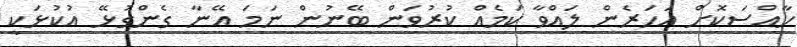
ހާއްސަކޮށް އަހަރެން ލައްވާ ކަމެއް ކުރުވަން ބޭނުން ނަމަ އޭނާ ގެންގުޅޭ އުކުޅަކީ